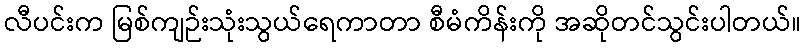
လီပင်းက မြစ်ကျဉ်းသုံးသွယ်ရေကာတာ စီမံကိန်းကို အဆိုတင်သွင်းပါတယ်။